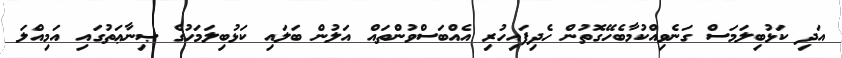
އަދި ކަޅުބިލަމަސް ގަނެވިއްކުމާބެހޭގޮތުން ހެދިފައިހުރި އެއްބަސްވުންތައް އަލުން ބަލައި ކަޅުބިލަމަހުގެ ޞިނާޢަތުގައި އަމިއްލަ